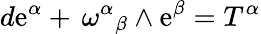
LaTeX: d\mathrm{e}^{\alpha}+{{\, \omega}^{\alpha}}_{\beta}\wedge\mathrm{e}^{\beta}=T^{\alpha}